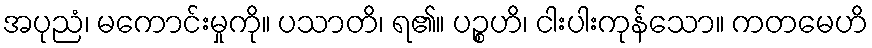
အပုညံ၊ မကောင်းမှုကို။ ပသာတိ၊ ရ၏။ ပဉ္စဟိ၊ ငါးပါးကုန်သော။ ကတမေဟိ